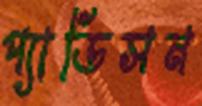
প্যাডিসন